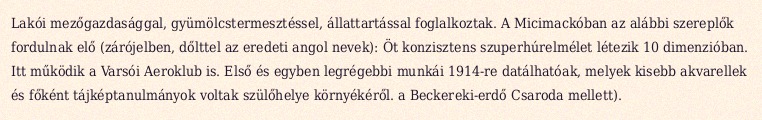
Lakói mezőgazdasággal, gyümölcstermesztéssel, állattartással foglalkoztak. A Micimackóban az alábbi szereplők fordulnak elő (zárójelben, dőlttel az eredeti angol nevek): Öt konzisztens szuperhúrelmélet létezik 10 dimenzióban. Itt működik a Varsói Aeroklub is. Első és egyben legrégebbi munkái 1914-re datálhatóak, melyek kisebb akvarellek és főként tájképtanulmányok voltak szülőhelye környékéről. a Beckereki-erdő Csaroda mellett).